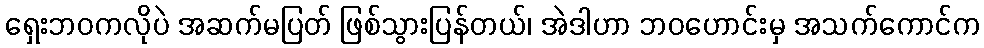
ရှေးဘဝကလိုပဲ အဆက်မပြတ် ဖြစ်သွားပြန်တယ်၊ အဲဒါဟာ ဘဝဟောင်းမှ အသက်ကောင်က